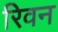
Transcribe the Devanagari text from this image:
रिवन